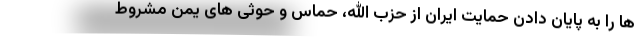
ها را به پایان دادن حمایت ایران از حزب الله، حماس و حوثی های یمن مشروط